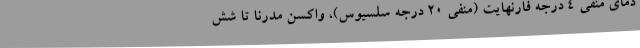
دمای منفی 4 درجه فارنهایت (منفی 20 درجه سلسیوس)، واکسن مدرنا تا شش